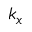
k _ { x }